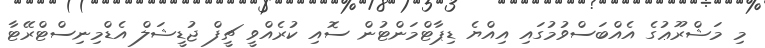
މި މަޝްރޫޢުގެ އެއްބަސްވުމުގައި އިއްޔެ ޑިޕާޓްމަންޓުން ސޮއި ކުރެއްވީ ޗީފް ޖުޑީޝަލް އެޑްމިނިސްޓްރޭޓާ